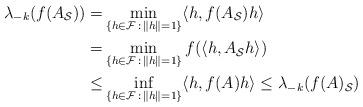
LaTeX: \begin{align*}\lambda_{-k}(f(A_{\cal S})) =& \min_{\{h\in{\cal F}\,:\,\Vert h\Vert=1\}}\langle h, f(A_{\cal S})h\rangle \\=& \min_{\{h\in{\cal F}\,:\,\Vert h\Vert=1\}}f(\langle h, A_{\cal S}h\rangle) \\\le& \inf_{\{h\in{\cal F}\,:\,\Vert h\Vert=1\}}\langle h, f(A)h\rangle \le \lambda_{-k}(f(A)_{\cal S})\end{align*}